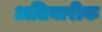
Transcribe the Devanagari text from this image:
अतिबारीक